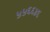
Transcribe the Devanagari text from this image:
५५६६४६